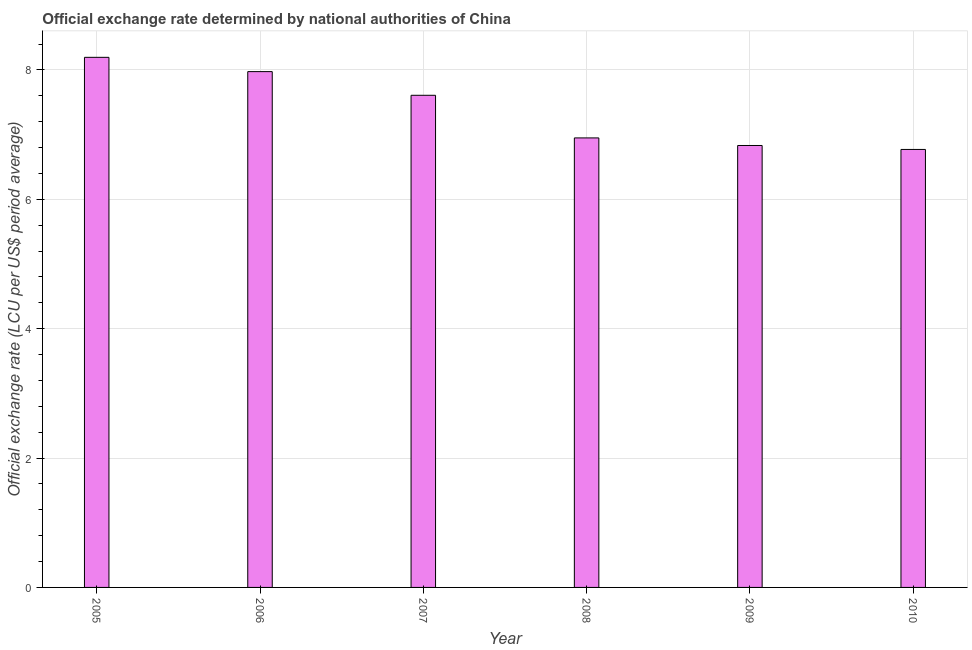
| Year | Official exchange rate |
 | --- | --- |
 | 2005 | 8.19 |
 | 2006 | 7.97 |
 | 2007 | 7.61 |
 | 2008 | 6.95 |
 | 2009 | 6.83 |
 | 2010 | 6.77 |